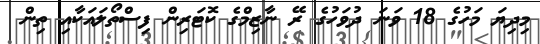
މިދިޔަ މަހުގެ 18 ވަނަ ދުވަހުގެ ރޭ ނާޒިމްގެ ކޮޓަރިން ފިސްތޯލައަކާއި ތިން